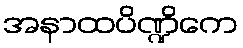
အနာထပိဏ္ဍိကေ